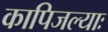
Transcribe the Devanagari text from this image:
कापिजल्याः